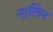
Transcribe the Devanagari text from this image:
नालिन